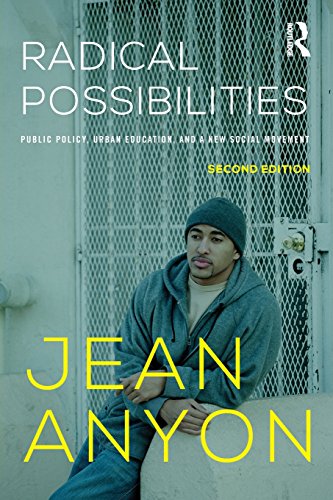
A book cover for Radical Possibilities: Public Policy, Urban Education, and A New Social Movement (Critical Social Thought); Jean Anyon; Education & Teaching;